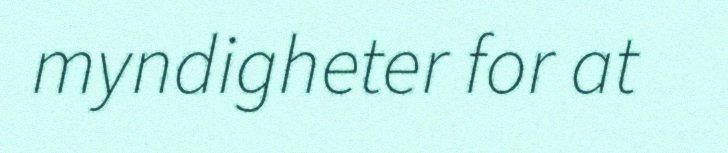
myndigheter for at